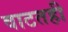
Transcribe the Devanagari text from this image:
वाटतही